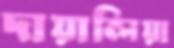
দায়ালিয়া